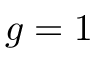
g = 1